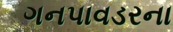
ગનપાવડરના